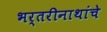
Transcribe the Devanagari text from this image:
भर्तरीनाथांचे